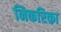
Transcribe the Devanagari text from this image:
निकरिका